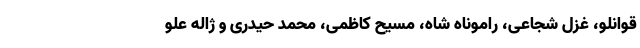
قوانلو، غزل شجاعی، راموناه شاه، مسیح کاظمی، محمد حیدری و ژاله علو